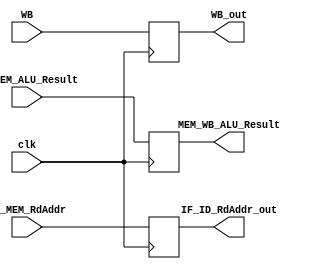
module MEM_WB_Pipeline(
    //output
    output reg[31:0] MEM_WB_ALU_Result,
    output reg[4:0] IF_ID_RdAddr_out,
    output reg WB_out,
    //input
    input [31:0] EX_MEM_ALU_Result,
    input [4:0] EX_MEM_RdAddr,
    input WB,
    input clk
);
always@(posedge clk)begin
    MEM_WB_ALU_Result <= EX_MEM_ALU_Result;
    IF_ID_RdAddr_out <= EX_MEM_RdAddr;
    WB_out <= WB;
end
endmodule